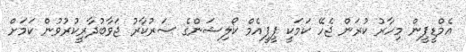
އެމްޑީޕީން މިހާރު ކުރަން ޖެހޭ ކަމަކީ ޕީޕީއެމް ކޯލިޝަންގެ ސަރުކާރު ޖަވާބުދާރީކުރުވުން ކަމަށް